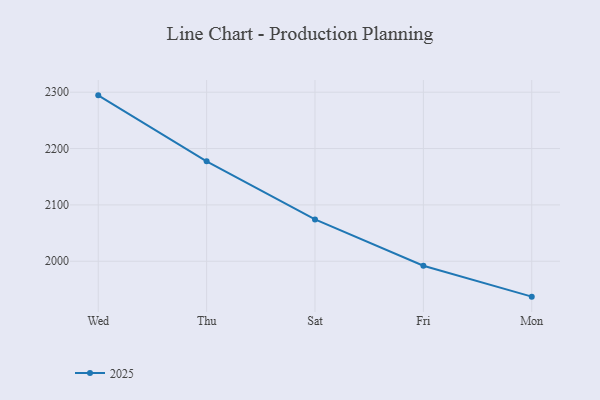
{"axis": {"x": "Day", "y": "Population (Million)"}, "legend": ["2025"], "data": [{"x": "Wed", "y": 2294.4, "type": "2025"}, {"x": "Thu", "y": 2177.4, "type": "2025"}, {"x": "Sat", "y": 2074.2, "type": "2025"}, {"x": "Fri", "y": 1992.1, "type": "2025"}, {"x": "Mon", "y": 1937.2, "type": "2025"}]}